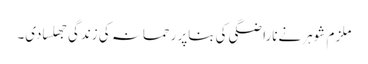
ملزم شوہر نےناراضگی کی بناپر رحمانہ کی زندگی جھلسادی۔